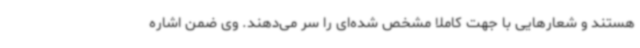
هستند و شعارهایی با جهت کاملا مشخص شده‌ای را سر می‌دهند. وی ضمن اشاره